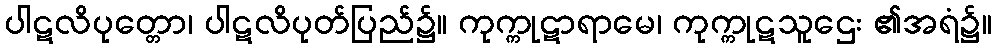
ပါဋလိပုတ္တော၊ ပါဋလိပုတ်ပြည်၌။ ကုက္ကုဋာရာမေ၊ ကုက္ကုဋသူဌေး ၏အရံ၌။